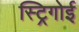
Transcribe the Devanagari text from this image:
स्ट्रिगोई